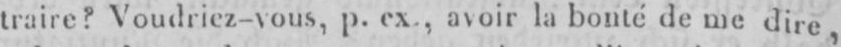
traire? Voudriez-vous, p. ex., avoir la bonté de me dire,